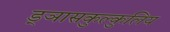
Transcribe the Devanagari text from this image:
ड्ञासकुल्कुलिय